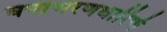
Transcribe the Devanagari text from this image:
घनाभरणधारिणे